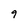
Character: 9